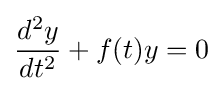
{\frac {d^{2}y}{dt^{2}}}+f(t)y=0